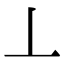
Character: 丄